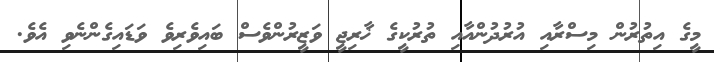
މީގެ އިތުރުން މިސްރާއި އުރުދުންއާއި ތުރުކީގެ ޚާރިޖީ ވަޒީރުންވެސް ބައިވެރިވެ ވަޑައިގެންނެވި އެވެ.